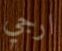
ارجي